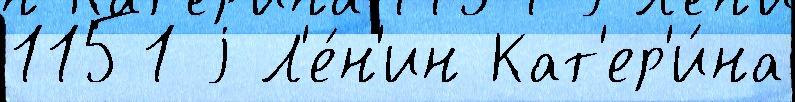
1151 j Л'е́н'ин Кат'ер'и́на